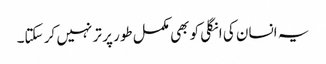
یہ انسان کی انگلی کو بھی مکمل طور پر تر نہیں کر سکتا۔